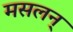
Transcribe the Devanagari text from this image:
मसलन्